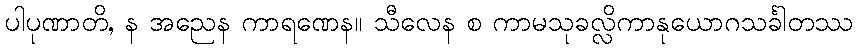
ပါပုဏာတိ, န အညေန ကာရဏေန။ သီလေန စ ကာမသုခလ္လိကာနုယောဂသင်္ခါတဿ